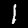
Digit: 1